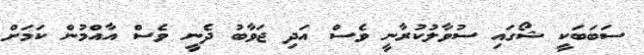
ސަބަބަކީ ޝޯގައި ސުވާލުކުރާނީ ވެސް އަދި ޖަވާބު ދެނީ ވެސް އާއްމުން ކަމަށް